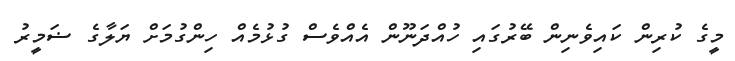
މީގެ ކުރިން ކައިވެނިން ބޭރުގައި ހުއްދަނޫން އެއްވެސް ގުޅުމެއް ހިންގުމަށް ޔަލާގެ ޟަމީރު